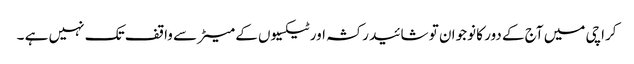
کراچی میں آج کے دور کا نوجوان تو شائید رکشہ اور ٹیکسیوں کے میٹر سے واقف تک نہیں ہے ۔